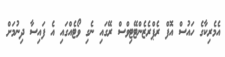
އެމެރިކާގެ ހައުސް އޮފް ރެޕްރެޒެންޓޭޓިވްސް ރޭގައި ނެގި ވޯޓެއްގައި އެ ފައިސާ ދިނުމަށް